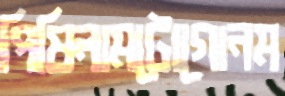
পিষিলামটোগোনম